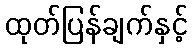
ထုတ်ပြန်ချက်နှင့်